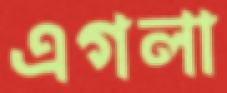
এগলা